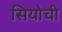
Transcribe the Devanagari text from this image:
सियोची